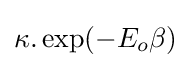
\kappa .\exp(-E_{o}\beta )